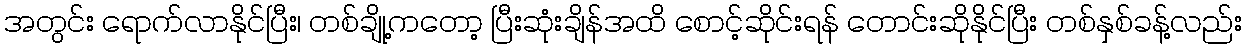
အတွင်း ရောက်လာနိုင်ပြီး၊ တစ်ချို့ကတော့ ပြီးဆုံးချိန်အထိ စောင့်ဆိုင်းရန် တောင်းဆိုနိုင်ပြီး တစ်နှစ်ခန့်လည်း